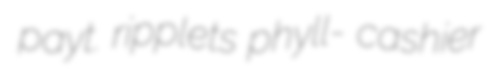
payt. ripplets phyll- cashier